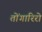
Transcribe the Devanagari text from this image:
तोंगारिरो